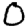
Digit: 0